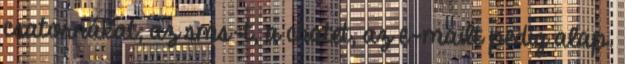
csatornákat, az sms-t, a chatet, az e-mailt pedig alap.